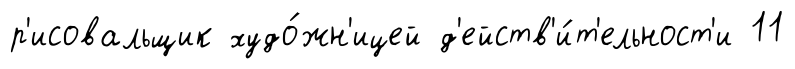
р'исовальщик худо́жн'ицей д'ейств'и́т'ельност'и 11